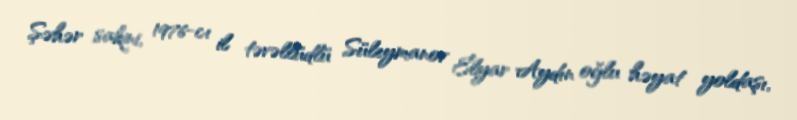
Şəhər sakini, 1976-cı il təvəllüdlü Süleymanov Elyar Aydın oğlu həyat yoldaşı,